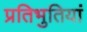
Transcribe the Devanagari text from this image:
प्रतिभुतियां